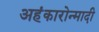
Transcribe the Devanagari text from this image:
अहंकारोन्मादी